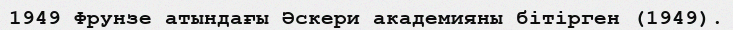
1949 Фрунзе атындағы Әскери академияны бітірген (1949).